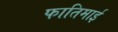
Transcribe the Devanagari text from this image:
फातिमाई